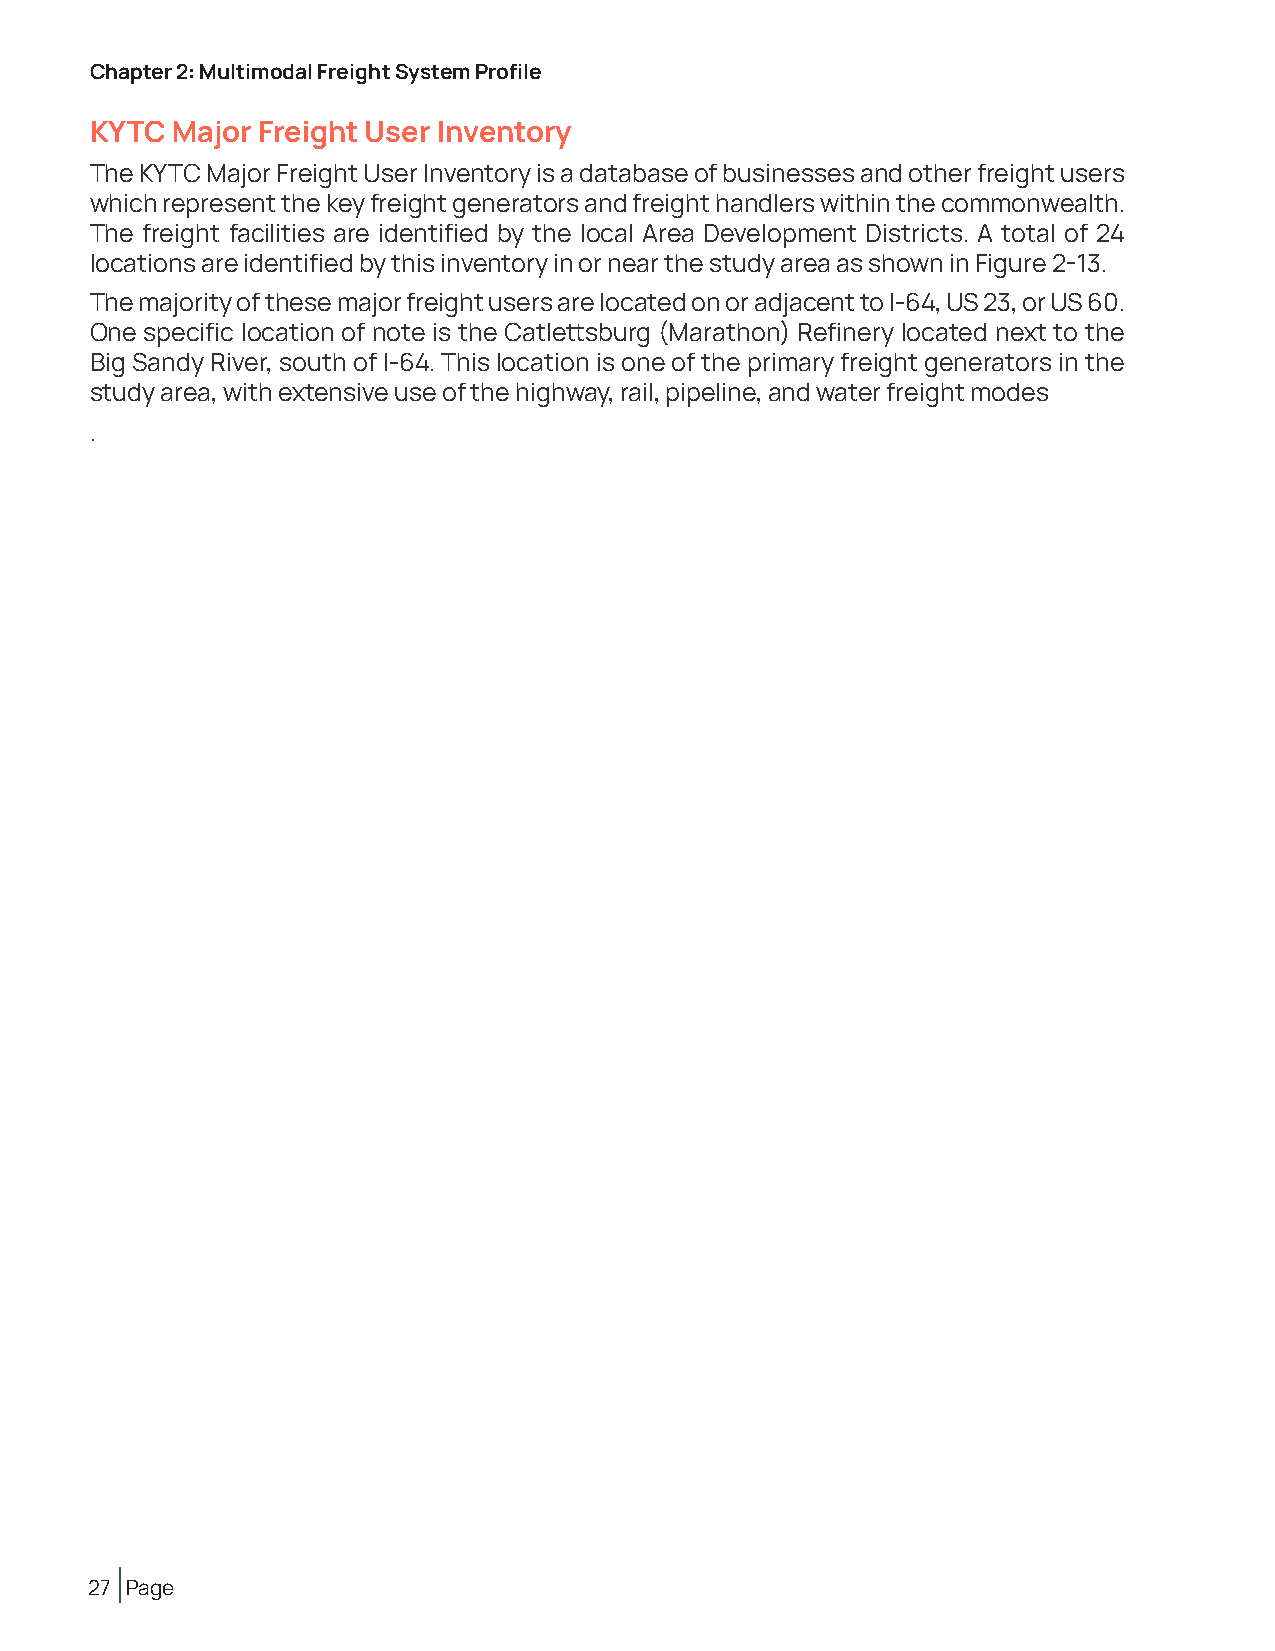
Chapter 2: Multimodal Freight System Profile
 KYTC Major Freight User Inventory
 The KYTC Major Freight User Inventory is a database of businesses and other freight users
 which represent the key freight generators and freight handlers within the commonwealth.
 The freight facilities are identified by the local Area Development Districts. A total of 24
 locations are identified by this inventory in or near the study area as shown in Figure 2-13.
 The majority of these major freight users are located on or adjacent to I-64, US 23, or US 60.
 One specific location of note is the Catlettsburg (Marathon) Refinery located next to the
 Big Sandy River, south of I-64. This location is one of the primary freight generators in the
 study area, with extensive use of the highway, rail, pipeline, and water freight modes
 .
 27 Page